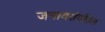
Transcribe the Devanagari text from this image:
जनावरांवरील